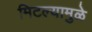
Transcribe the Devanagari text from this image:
मिटल्यामुळे